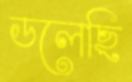
ডলেছি